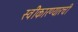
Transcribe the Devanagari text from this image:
स्वीेकारण्यारची